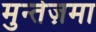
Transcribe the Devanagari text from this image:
मुन्तेज़मा